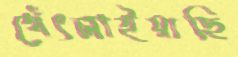
থেঁৎলাইয়াছি